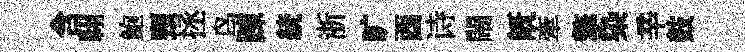
含翺鲍頸拯鸟踈統浙旷酉诗閙旣牽擎染辛鼓